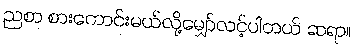
ညစာ စားကောင်းမယ်လို့မျှော်လင့်ပါတယ် ဆရာ။